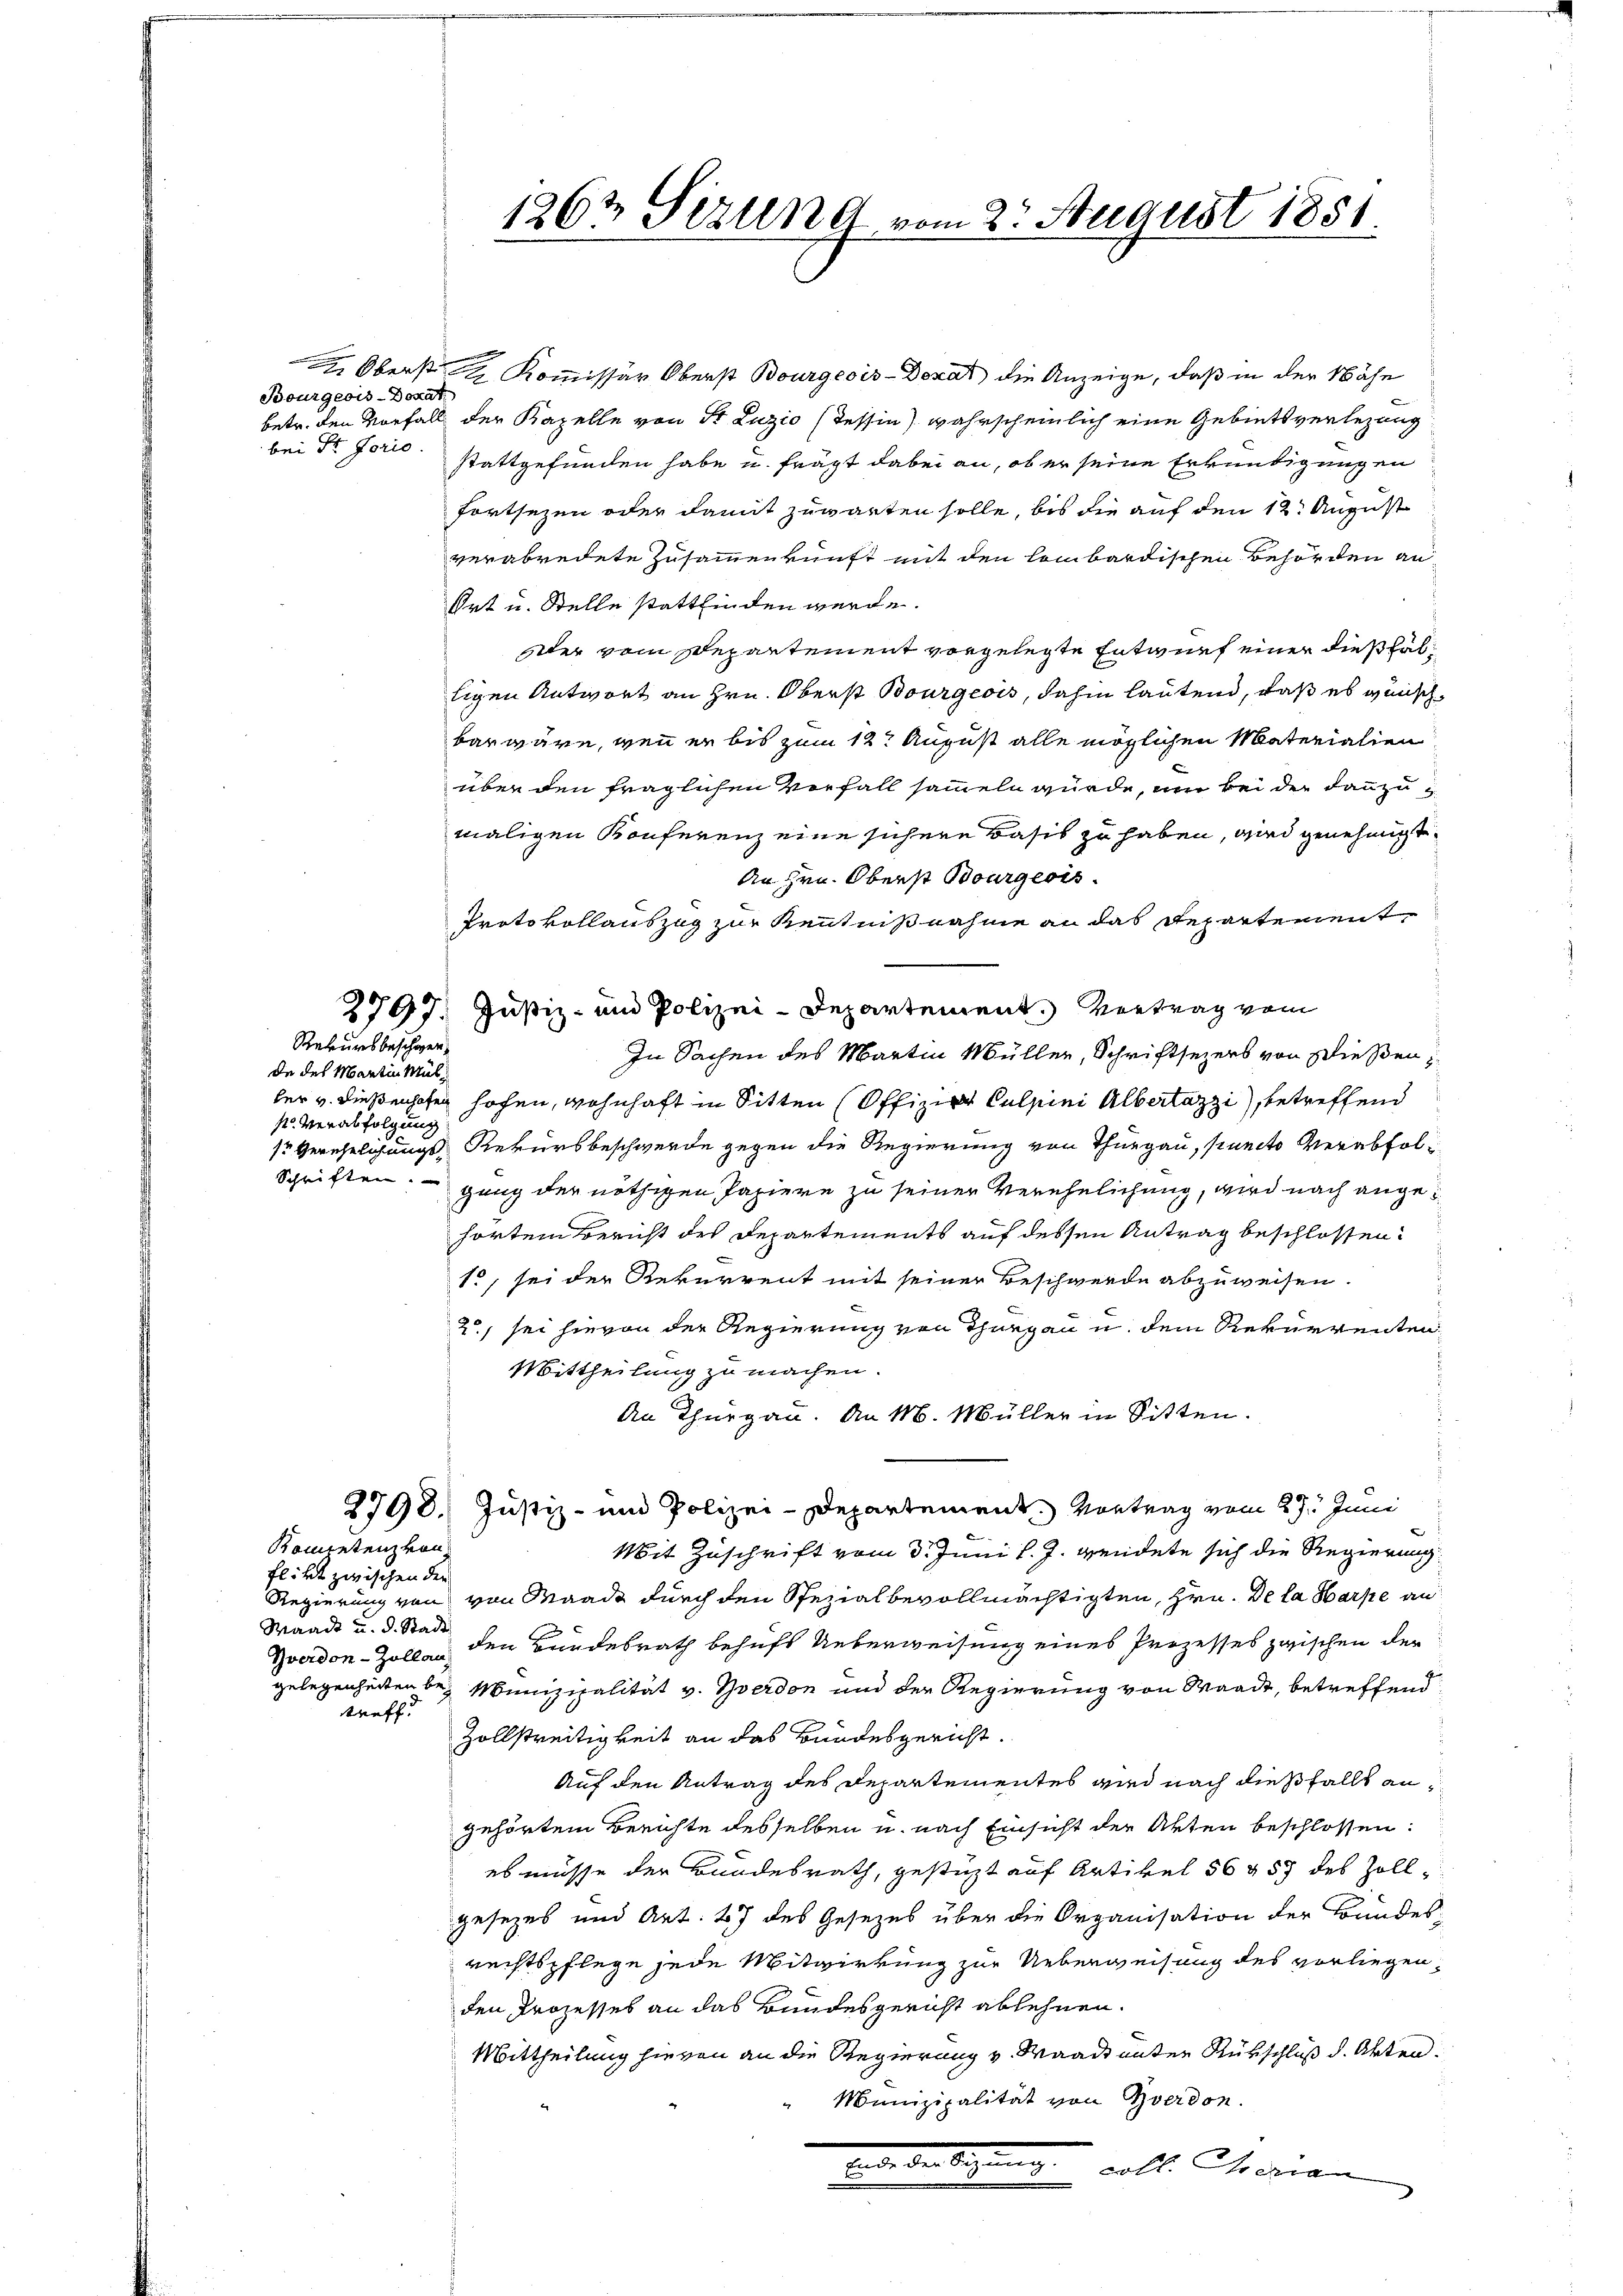
Bourgeois-Dokat
bei Sr. Forio.

Rekursbeschien,

de des Martin Müls. Verabfolgung

Komentenz von
flikt zwischen der
Waadt u. d. Stadt
treff.

Oberst Kommissär Oberst Bourgeois-Donat die Anzeige, daß in der Nähe
betr. den Vorfalls der Kapelle von St. Luzio (Tessin wahrscheinlich eine Gebietsverlegung
stattgefunden habe u. frägt dabei an, ob er seine Erkundigungen
fortsezen oder damit zuwarten solle, bis die auf den 12. August
verabredete Zusammenkunft mit den lombardischen Behörden an
Ort u. Stelle stattfinden werde.
Der vom Departement vorgelegte Entwurf einer dießfälligen Antwort an Hrn. Oberst Bourgeois, dahin lautend, daß es wünsch
bar wäre, wenn er bis zum 12t August alle möglichen Materialien
über den fraglichen Verfall sammeln würde, um bei der dannzumaligen Konferenz eine sichere Basis zu haben, wird genehmigt.
An Hrn. Oberst Bourgeois.
Protokollauszug zur Kenntnißnahme an das Repartement
2797: Justiz- und Polizei-Departement. Vortrag vom
In Sachen des Martin Müller, Schriftsezers von Dießen,
ler v. dießenhofen hohen, wohnhaft in Sitten Offizier Culpini Albertazzi, betreffend
1r Verehelichungs Rekursbeschwerde gegen die Regierung von Thurgau, Puncto Verabfol¬
Schriften ganz der nöthigen Papiere zu seiner Verehelichung, wird nach angehörten Bericht des Departements auf dessen Antrag beschlossen:
15, sei der Rekurrent mit seiner Beschwerde abzuweisen.
i
2, sei hievon der Regierung von Thurgau u. dem Rekurrenten
Mittheilung zu machen.
An Thurgau. An M. Müller in Sitten.
i
2798. Justiz- und Polizei-Departement. Vortrag vom 29. Juni
Mit Zuschrift vom 3. Juni l. J. wendete sich die Regierung
Regierung von von Waadt durch den Spezialbevollmächtigten, Hrn. De la Harpe an
Zverdon-Zollen den Bundesrath behufs Ueberweisung eines Prozesses zwischen der
gelegenheiten bei Munizipalität v. Gerdon und der Regierung von Waadt, betreffend
Zollstreitigkeit an das Bundesgericht.
Auf den Antrag des Departementes wird nach dießfalls angehörten Berichte desselben u. nach Einsicht der Akten beschlossen:
es müsse der Bundesrath, gestüzt auf Artikel 56 457 des Zollgesezes und Art. 47 des Gesezes über die Organisation der Bundes-
rechtspflege jede Mitwirkung zur Ueberweisung des vorliegen,
den Prozesses an das Bundesgericht ablehnen.
Mittheilung hievon an die Regierung v. Waadt unter Rükschluß d. Akten.
Munizipalität von Yverdon.
Bei den Signung soll. Chronian

126t Sizung vom 2. August 1851